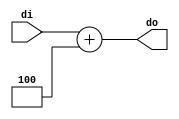
`timescale 1ns / 1ps
//////////////////////////////////////////////////////////////////////////////////
// Company: 
// Engineer: 
// 
// Design Name: 
// Module Name: adder32
// Project Name: 
// Target Devices: 
// Tool Versions: 
// Description: 
// 
// Dependencies: 
// 
// Revision:
// Revision 0.01 - File Created
// Additional Comments:
// 
//////////////////////////////////////////////////////////////////////////////////


module adder32(input [31:0] di,output [31:0] do);
assign do=di+4;
endmodule